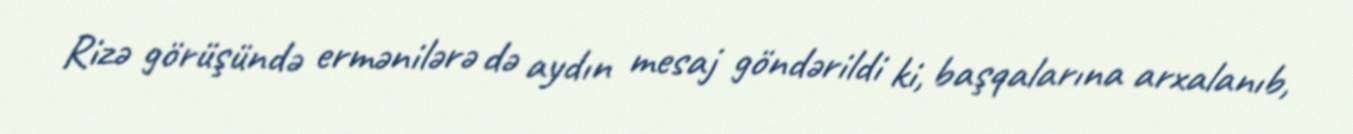
Rizə görüşündə ermənilərə də aydın mesaj göndərildi ki, başqalarına arxalanıb,